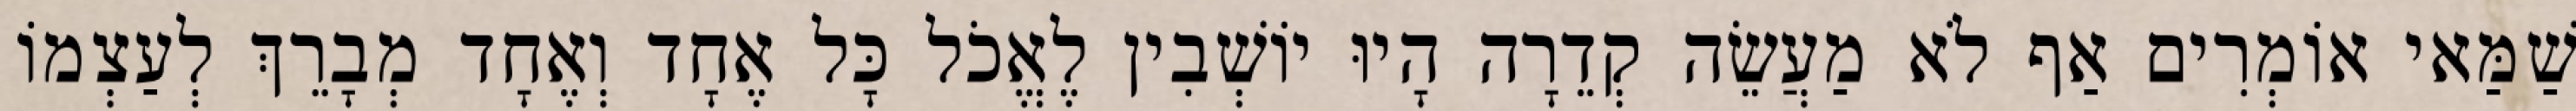
שַׁמַּאי אוֹמְרִים אַף לֹא מַעֲשֵׂה קְדֵרָה הָיוּ יוֹשְׁבִין לֶאֱכֹל כָּל אֶחָד וְאֶחָד מְבָרֵךְ לְעַצְמוֹ